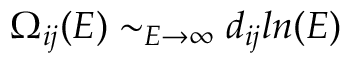
\Omega _ { i j } ( E ) \sim _ { E \rightarrow \infty } d _ { i j } l n ( E )